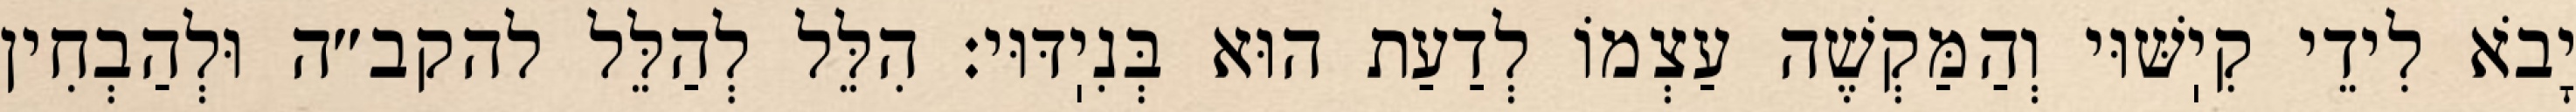
יָבֹא לִידֵי קִיֽשּׁוּי וְהַמַּקְשֶׁה עַצְמוֹ לְדַעַת הוּא בְּנִיֽדּוּי: הִלֵּל לְהַלֵּל להקב״ה וּלְהַבְחִין